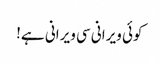
کوئی ویرانی سی ویرانی ہے!